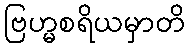
ဗြဟ္မစရိယမှာတိ